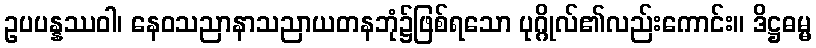
ဥပပန္နဿဝါ၊ နေဝသညာနာသညာယတနဘုံ၌ဖြစ်ရသော ပုဂ္ဂိုလ်၏လည်းကောင်း။ ဒိဋ္ဌဓမ္မ